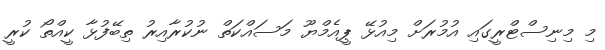
މި މިނިސްޓްރީގައި އުމުރަށް މިިއުޅޭ ޕީއެމްޔޫ މަސައްކަތް ނުކުރާއިރު ތިބޭފުޅާ ކީއްތޯ ކުރީ